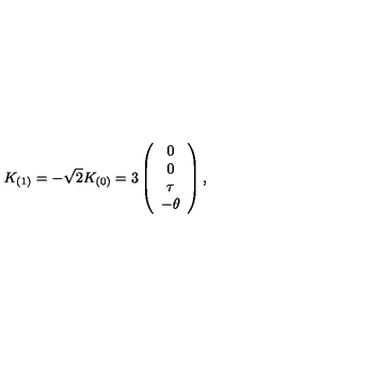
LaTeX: K _ { ( 1 ) } = - \sqrt { 2 } K _ { ( 0 ) } = 3 \left( \begin{array} { c } { 0 } \\ { 0 } \\ { \tau } \\ { - \theta } \\ \end{array} \right) ,